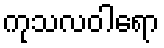
ကုသလဝါရော